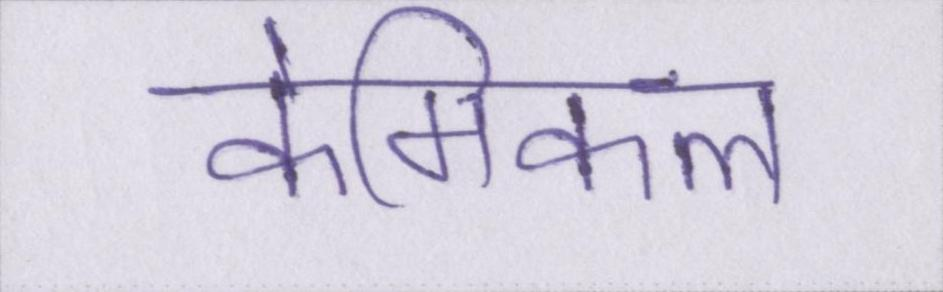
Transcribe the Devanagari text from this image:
केमिकल